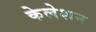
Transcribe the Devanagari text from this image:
केलेशन